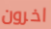
اخرون